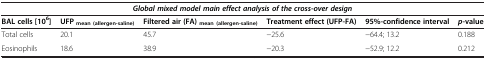
| <COLSPAN=6> Global mixed model main effect analysis of the cross-over design |
 | BAL cells [106] | UFPmean (allergen-saline) | Filtered air (FA)mean (allergen-saline) | Treatment effect (UFP-FA) | 95%-confidence interval | p-value |
 | --- | --- | --- | --- | --- | --- |
 | Total cells | 20.1 | 45.7 | −25.6 | −64.4; 13.2 | 0.188 |
 | Eosinophils | 18.6 | 38.9 | −20.3 | −52.9; 12.2 | 0.212 |